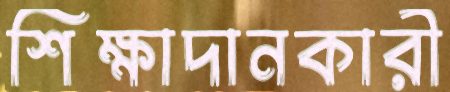
শিক্ষাদানকারী